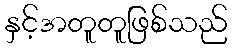
နှင့်အတူတူဖြစ်သည်